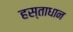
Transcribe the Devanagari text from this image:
हस्ताधान